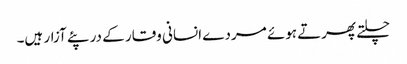
چلتے پھرتے ہوئے مردے انسانی وقار کے در پئے آزار ہیں۔